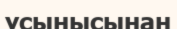
ұсынысынан